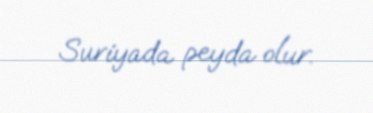
Suriyada peyda olur.